Lunatic asylums in Bengal annual reports 1899-1911 - 1899-1911
Year: 1899
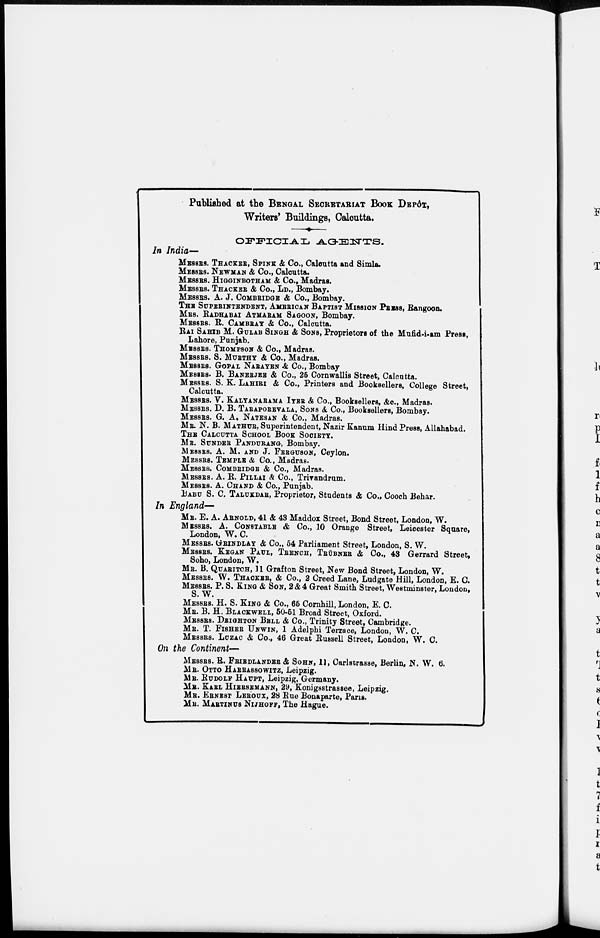
Published at the BENGAL SECRETARIAT BOOK DEPÔT,
Writers' Buildings, Calcutta.
OFFICIAL AGENTS.
In India—
MESSRS. THACKER, SPINK & Co., Calcutta and Simla.
MEESRS. NEWMAN & Co., Calcutta.
MESSRS. HIGGINBOTHAM & Co., Madras.
MESSRS. THACKER & Co., LD., Bombay.
MESSRS. A. J. COMBRIDGE & Co., Bombay.
THE SUPERINTENDENT, AMERICAN BAPTIST MISSION PRESS, Rangoon.
MRS. RADHABAI ATMARAM SAGOON, Bombay.
MESSRS. R. CAMBRAY & Co., Calcutta.
RAI SAHIB M. GULAB SINGH & SONS, Proprietors of the Mufid-i-am Press,
Lahore, Punjab.
MESSRS. THOMPSON & Co., Madras.
MESSRS. S. MURTHY & Co., Madras.
MESSRS. GOPAL NARAYEN & Co., Bombay
MESSRS. B. BANERJEE & Co., 26 Cornwallis Street, Calcutta.
MESSRS. S. K. LAHIRI & Co., Printers and Booksellers, College Street,
Calcutta.
MESSRS. V. KALYANARAMA IYER & Co., Booksellers, &c., Madras.
MESSRS. D. B. TARAPOREVALA, SONS & Co., Booksellers, Bombay.
MESSRS. G. A. NATESAN & Co., Madras.
MR N. B. MATHUR, Superintendent, Nazir Kanum Hind Press, Allahabad.
THE CALCUTTA SCHOOL BOOK SOCIETY.
MR. SUNDER PANDURANG, Bombay.
MESSRS. A. M. AND J. FERGUSON, Ceylon.
MESSRS. TEMPLE & Co., Madras.
MESSRS. COMBRIDGE & Co., Madras.
MESSRS. A. R. PILLAI & Co., Trivandrum.
MESSRS. A. CHAND & Co., Punjab.
BABU S. C. TALUKDAR, Proprietor, Students & Co., Cooch Behar.
In England—
MR. E. A. ARNOLD, 41 & 43 Maddox Street, Bond Street, London, W.
MESSRS. A. CONSTABLE & Co., 10 Orange Street, Leicester Square,
London, W. C.
MESSRS. GRINDLAY & Co., 54 Parliament Street, London, S. W.
MESSRS. KEGAN PAUL, TRENCH, TRÜBNER & Co., 43 Gerrard Street,
Soho, London, W.
MR. B. QUARITCH, 11 Grafton Street, New Bond Street, London, W.
MESSRS. W. THACKER, & Co., 2 Creed Lane, Ludgate Hill, London, E. C.
MESSRS. P. S. KING & SON, 2 & 4 Great Smith Street, Westminster, London,
S.W.
MESSRS. H. S. KING & Co., 65 Cornhill, London, E. C.
MR. B. H. BLACKWELL, 50-51 Broad Street, Oxford.
MESSRS. DEIGHTON BELL & Co., Trinity Street, Cambridge.
MR. T. FISHER UNWIN, 1 Adelphi Terrace, London, W. C.
MESSRS. LUZAC & Co., 46 Great Russell Street, London, W. C.
On the Continent—
MESSRS. R. FRIENLANDER & SOHN, 11, Carlstrasse, Berlin, N. W. 6.
MR. OTTO HARRASSOWITZ, Leipzig.
MR. RUDOLF HAUPT, Leipzig, Germany.
MR. KARL HIERSEMANN, 29, Konigsstrassee, Leipzig.
MR. ERNEST LEROUX, 28 Rue Bonaparte, Paris.
MR. MARTINUS NIJHOFF, The Hague.